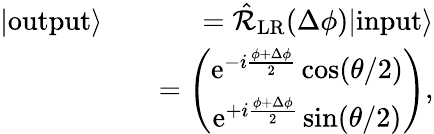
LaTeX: \begin{array}{rlr}{|\mathrm{output}\rangle}&{}&{=\hat{\mathcal{R}}_{\mathrm{LR}}(\Delta\phi)|\mathrm{input}\rangle}\\ &{}&{=\left(\begin{array}{c}{\mathrm{e}^{-i\frac{\phi+\Delta\phi}{2}}\cos(\theta/2)}\\ {\mathrm{e}^{+i\frac{\phi+\Delta\phi}{2}}\sin(\theta/2)}\end{array}\right),}\end{array}